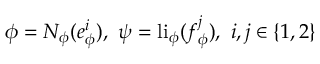
\phi = N _ { \phi } ( e _ { \phi } ^ { i } ) , \ \psi = \mathrm { l i } _ { \phi } ( f _ { \phi } ^ { j } ) , \ i , j \in \{ 1 , 2 \}